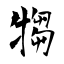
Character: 犓